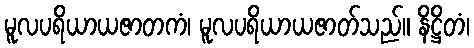
မူလပရိယာယဇာတကံ၊ မူလပရိယာယဇာတ်သည်။ နိဋ္ဌိတံ၊